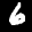
Label: 6